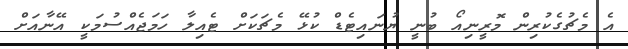
އެ މެޗުގެކުރިން މޮރީނިއޯ ބުނީ ޔުނައިޓެޑް ކުޅޭ މެޗަކަށް ޓެއިލާ ހަމަޖެއްސުމަކީ އޭނާއަށް